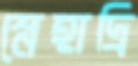
স্নেহাদ্রি